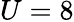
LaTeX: U=8